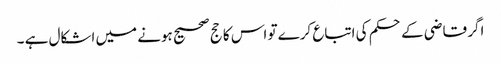
اگر قاضی کے حکم کی اتباع کرے تو اس کا حج صحیح ہونے میں اشکال ہے ۔